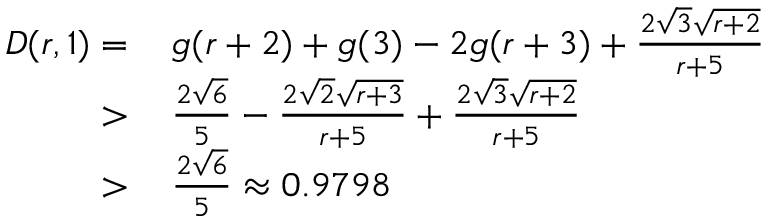
\begin{array} { r l } { D ( r , 1 ) = } & { \, g ( r + 2 ) + g ( 3 ) - 2 g ( r + 3 ) + \frac { 2 \sqrt { 3 } \sqrt { r + 2 } } { r + 5 } } \\ { > } & { \, \frac { 2 \sqrt { 6 } } { 5 } - \frac { 2 \sqrt { 2 } \sqrt { r + 3 } } { r + 5 } + \frac { 2 \sqrt { 3 } \sqrt { r + 2 } } { r + 5 } } \\ { > } & { \, \frac { 2 \sqrt { 6 } } { 5 } \approx 0 . 9 7 9 8 } \end{array}